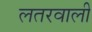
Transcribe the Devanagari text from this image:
लतरवाली